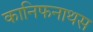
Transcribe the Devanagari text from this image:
कानिफनाथस